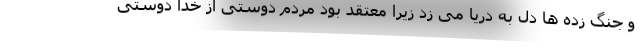
و جنگ زده ها دل به دریا می زد زیرا معتقد بود مردم دوستی از خدا دوستی